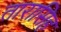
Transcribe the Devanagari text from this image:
तारासिह